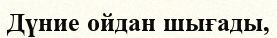
Дүние ойдан шығады,